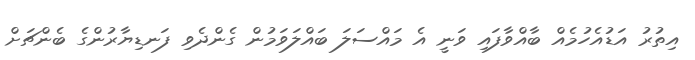
އިތުރު އަޑުއެހުމެއް ބާއްވާފައި ވަނީ އެ މައްސަލަ ބައްލަވަމުން ގެންދެވި ފަނޑިޔާރުންގެ ބެންޗަށް